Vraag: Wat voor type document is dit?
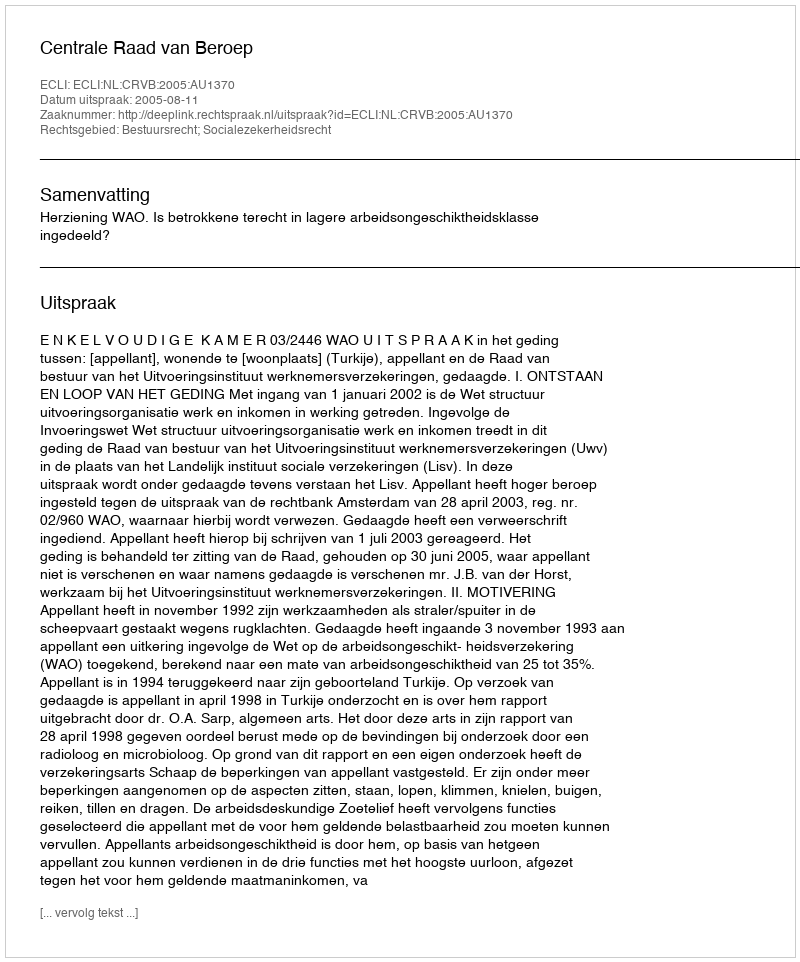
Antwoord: Uitspraak